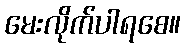
မေးလိုက်ပါရစေ။